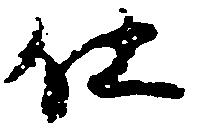
仕